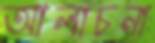
আলাচনা